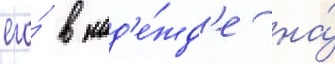
его́ в над'е́жд'е на́